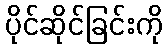
ပိုင်ဆိုင်ခြင်းကို